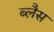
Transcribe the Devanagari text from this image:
ब्लैस